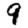
Digit: 9